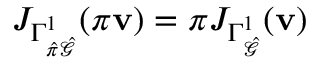
J _ { \Gamma _ { \hat { \pi } \hat { \mathcal { G } } } ^ { 1 } } ( \pi \mathbf { v } ) = \boldsymbol { \pi } J _ { \Gamma _ { \hat { \mathcal { G } } } ^ { 1 } } ( \mathbf { v } )